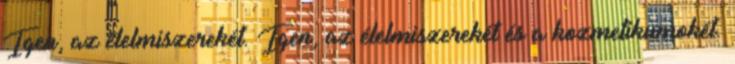
Igen, az élelmiszerekét. Igen, az élelmiszerekét és a kozmetikumokét.